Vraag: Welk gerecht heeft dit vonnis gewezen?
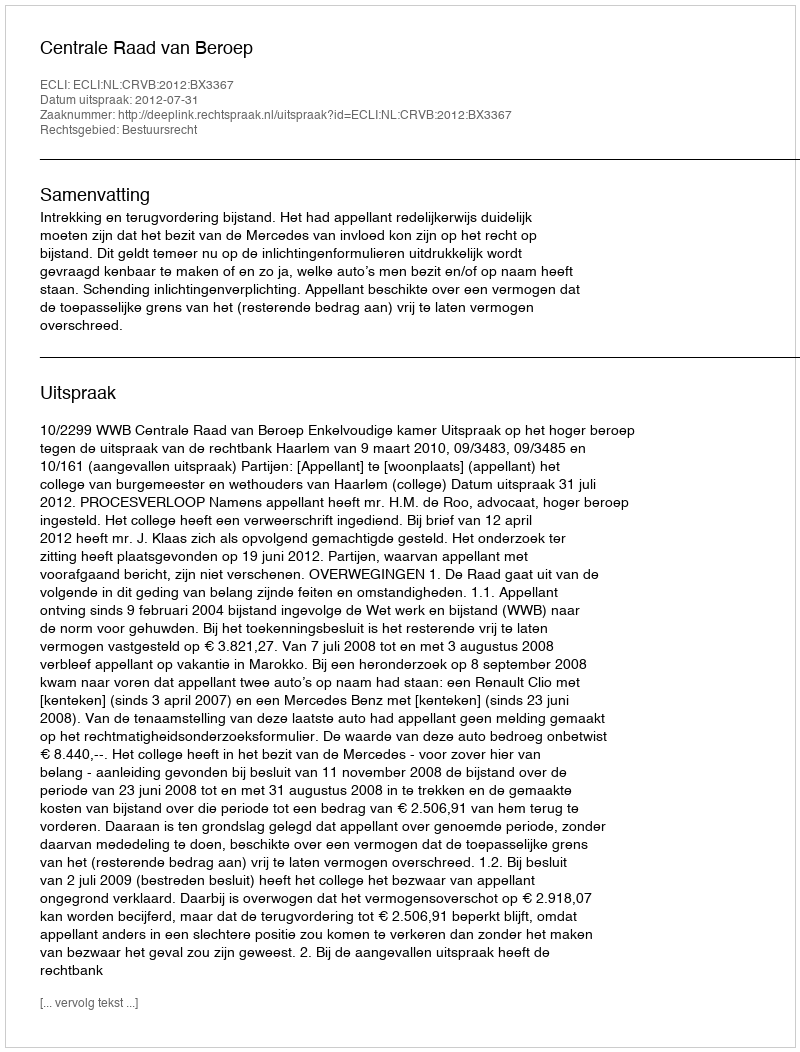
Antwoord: Centrale Raad van Beroep